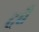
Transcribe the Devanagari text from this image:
दबैं